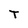
Character: T